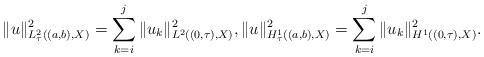
\begin{align*} \|u\|_{L^{2}_{\tau}((a, b), X)}^{2} = \sum_{k = i}^{j} \|u_{k}\|_{L^{2}((0, \tau), X)}^{2}, \|u\|_{H^{1}_{\tau}((a, b), X)}^{2} = \sum_{k = i}^{j} \|u_{k}\|_{H^{1}((0, \tau), X)}^{2}. \end{align*}